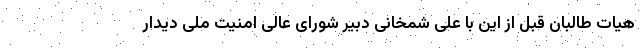
هیات طالبان قبل از این با علی شمخانی دبیر شورای عالی امنیت ملی دیدار